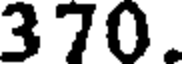
370.